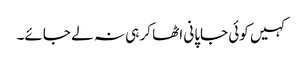
کہیں کوئی جاپانی اٹھا کر ہی نہ لے جائے۔